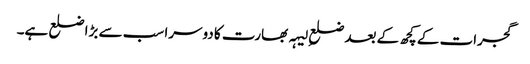
گجرات کے کچھ کے بعد ضلعِ لیہہ بھارت کا دوسرا سب سے بڑا ضلع ہے۔